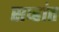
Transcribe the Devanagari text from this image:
सप्हांत